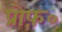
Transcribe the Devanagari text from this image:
प्रोफ़०